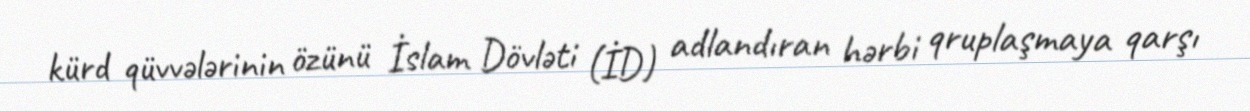
kürd qüvvələrinin özünü İslam Dövləti (İD) adlandıran hərbi qruplaşmaya qarşı